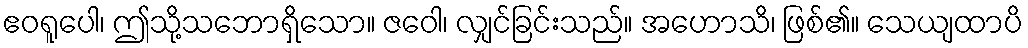
ဧဝရူပေါ၊ ဤသို့သဘောရှိသော။ ဇဝေါ၊ လျှင်ခြင်းသည်။ အဟောသိ၊ ဖြစ်၏။ သေယျထာပိ